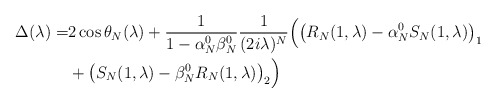
\begin{align*}\Delta(\lambda)=& 2\cos \theta_N(\lambda)+ \frac{1}{1-\alpha_N^0\beta_N^0}\frac{1}{(2i\lambda)^N}\Big(\big(R_N(1,\lambda)-\alpha_N^0S_N(1,\lambda)\big)_1\\& +\big (S_N(1,\lambda)-\beta_N^0 R_N(1,\lambda)\big)_2\Big)\end{align*}